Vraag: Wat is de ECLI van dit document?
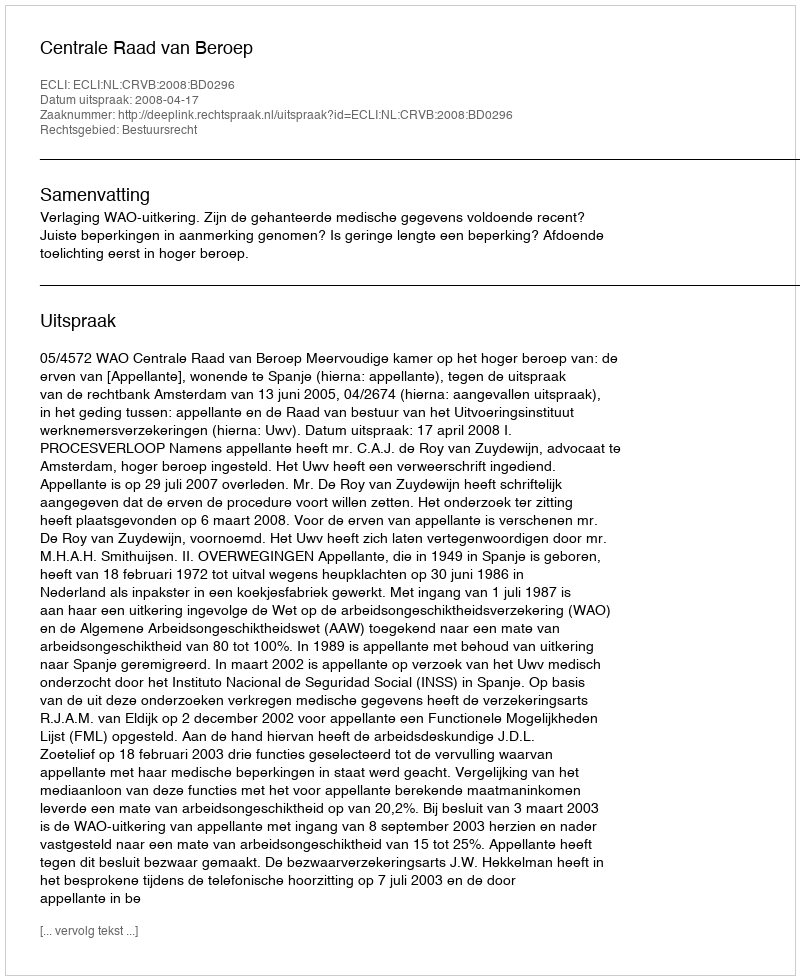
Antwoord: ECLI:NL:CRVB:2008:BD0296